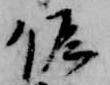
候